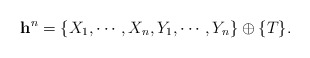
\begin{align*} \begin{aligned} \mathbf{h}^n=\{X_1,\cdots,X_n,Y_1,\cdots,Y_n\}\oplus\{T\}. \end{aligned}\end{align*}